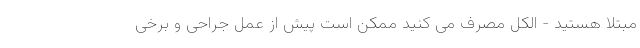
مبتلا هستید - الکل مصرف می کنید ممکن است پیش از عمل جراحی و برخی